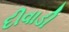
દીવાડી